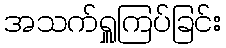
အသက်ရှူကြပ်ခြင်း